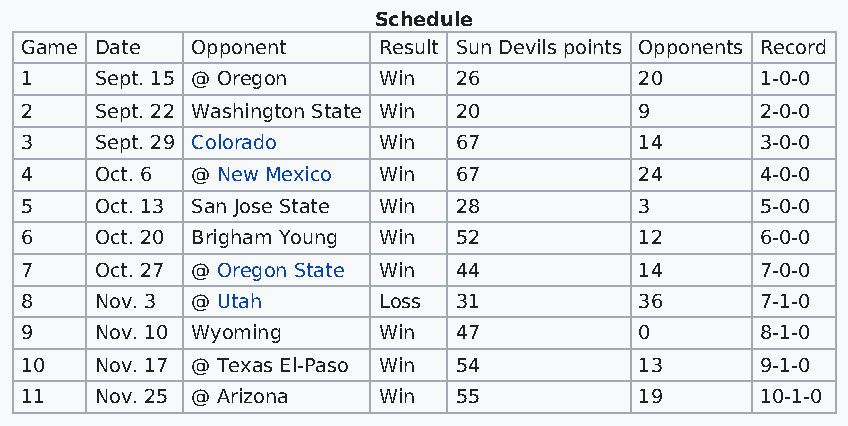
Schedule
 Game Date   Opponent    Result Sun Devils points Opponents Record
 1    Sept. 15 @ Oregon  Win  26          20      1-0-0
 2    Sept. 22 Washington State Win 20    9       2-0-0
 3    Sept. 29 Colorado  Win  67          14      3-0-0
 4    Oct. 6 @ New Mexico Win 67          24      4-0-0
 5    Oct. 13 San Jose State Win 28       3       5-0-0
 6    Oct. 20 Brigham Young Win 52        12      6-0-0
 7    Oct. 27 @ Oregon State Win 44       14      7-0-0
 8    Nov. 3 @ Utah      Loss 31          36      7-1-0
 9    Nov. 10 Wyoming    Win  47          0       8-1-0
 10   Nov. 17 @ Texas El-Paso Win 54      13      9-1-0
 11   Nov. 25 @ Arizona  Win  55          19      10-1-0